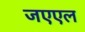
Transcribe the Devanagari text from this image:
जएएल